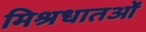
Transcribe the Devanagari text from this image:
मिश्रधातओं